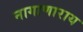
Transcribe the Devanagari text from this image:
नागाणाराय